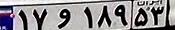
۱۷و۱۸۹۵۳